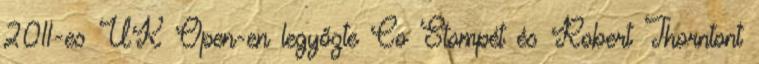
2011-es UK Open-en legyőzte Co Stompét és Robert Thorntont